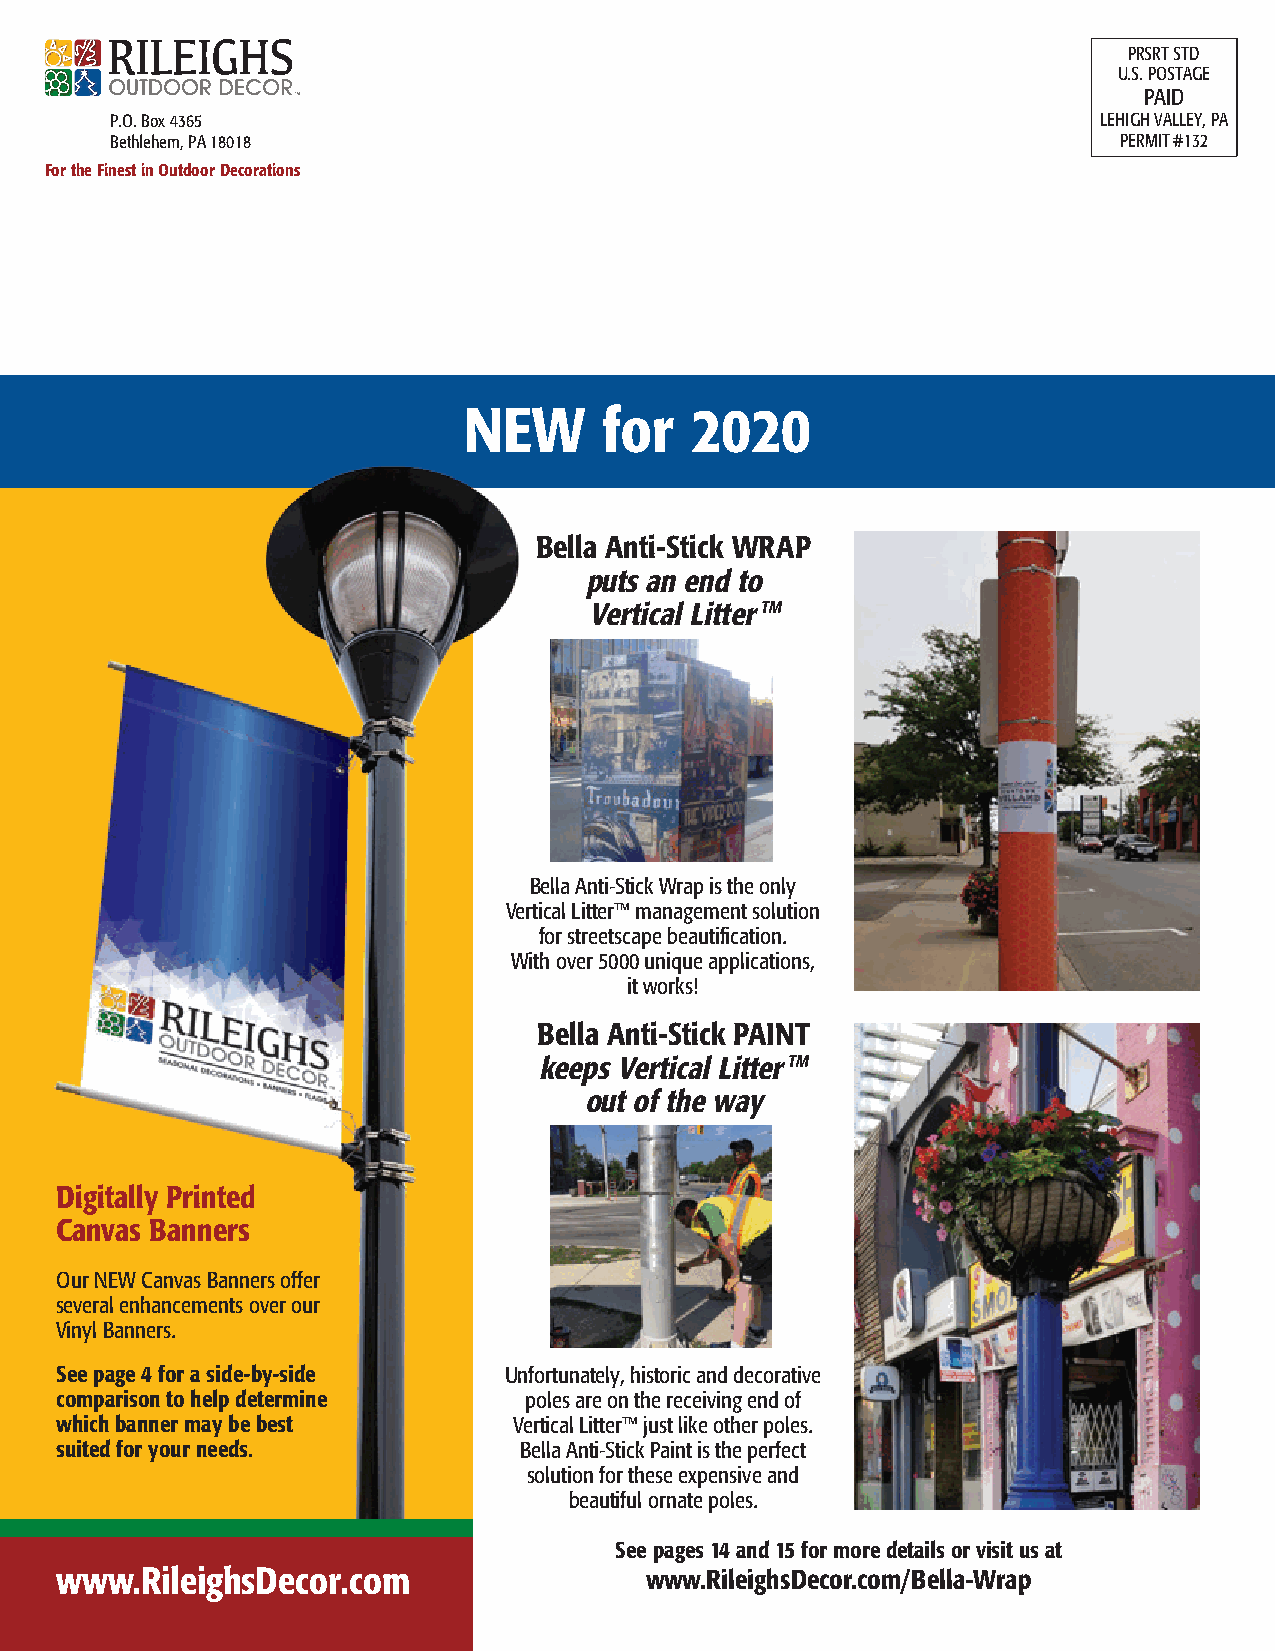
PRSRT STD
 U.S. POSTAGE
 PAID
 P.O. Box 4365                                                     LEHIGH VALLEY, PA
 Bethlehem, PA 18018                                                PERMIT #132
 For the Finest in Outdoor Decorations
 NEW      for   2020
 Bella Anti-Stick WRAP
 puts an end to
 Vertical Litter TM
 Bella Anti-Stick Wrap is the only
 Vertical Litter™ management solution
 for streetscape beautification.
 With over 5000 unique applications,
 it works!
 Bella Anti-Stick PAINT
 keeps Vertical Litter TM
 out of the way
 Digitally Printed
 Canvas Banners
 Our NEW Canvas Banners offer
 several enhancements over our
 Vinyl Banners.
 See page 4 for a side-by-side Unfortunately, historic and decorative
 comparison to help determine   poles are on the receiving end of
 which banner may be best      Vertical Litter™ just like other poles.
 suited for your needs.        Bella Anti-Stick Paint is the perfect
 solution for these expensive and
 beautiful ornate poles.
 See pages 14 and 15 for more details or visit us at
 www.RileighsDecor.com                  www.RileighsDecor.com/Bella-Wrap